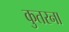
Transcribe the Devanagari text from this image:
कुतरना